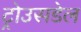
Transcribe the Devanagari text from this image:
ट्रोउसडेल